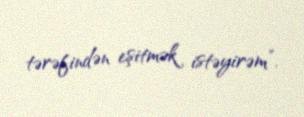
tərəfindən eşitmək istəyirəm”.